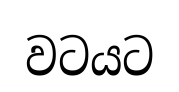
වටයට